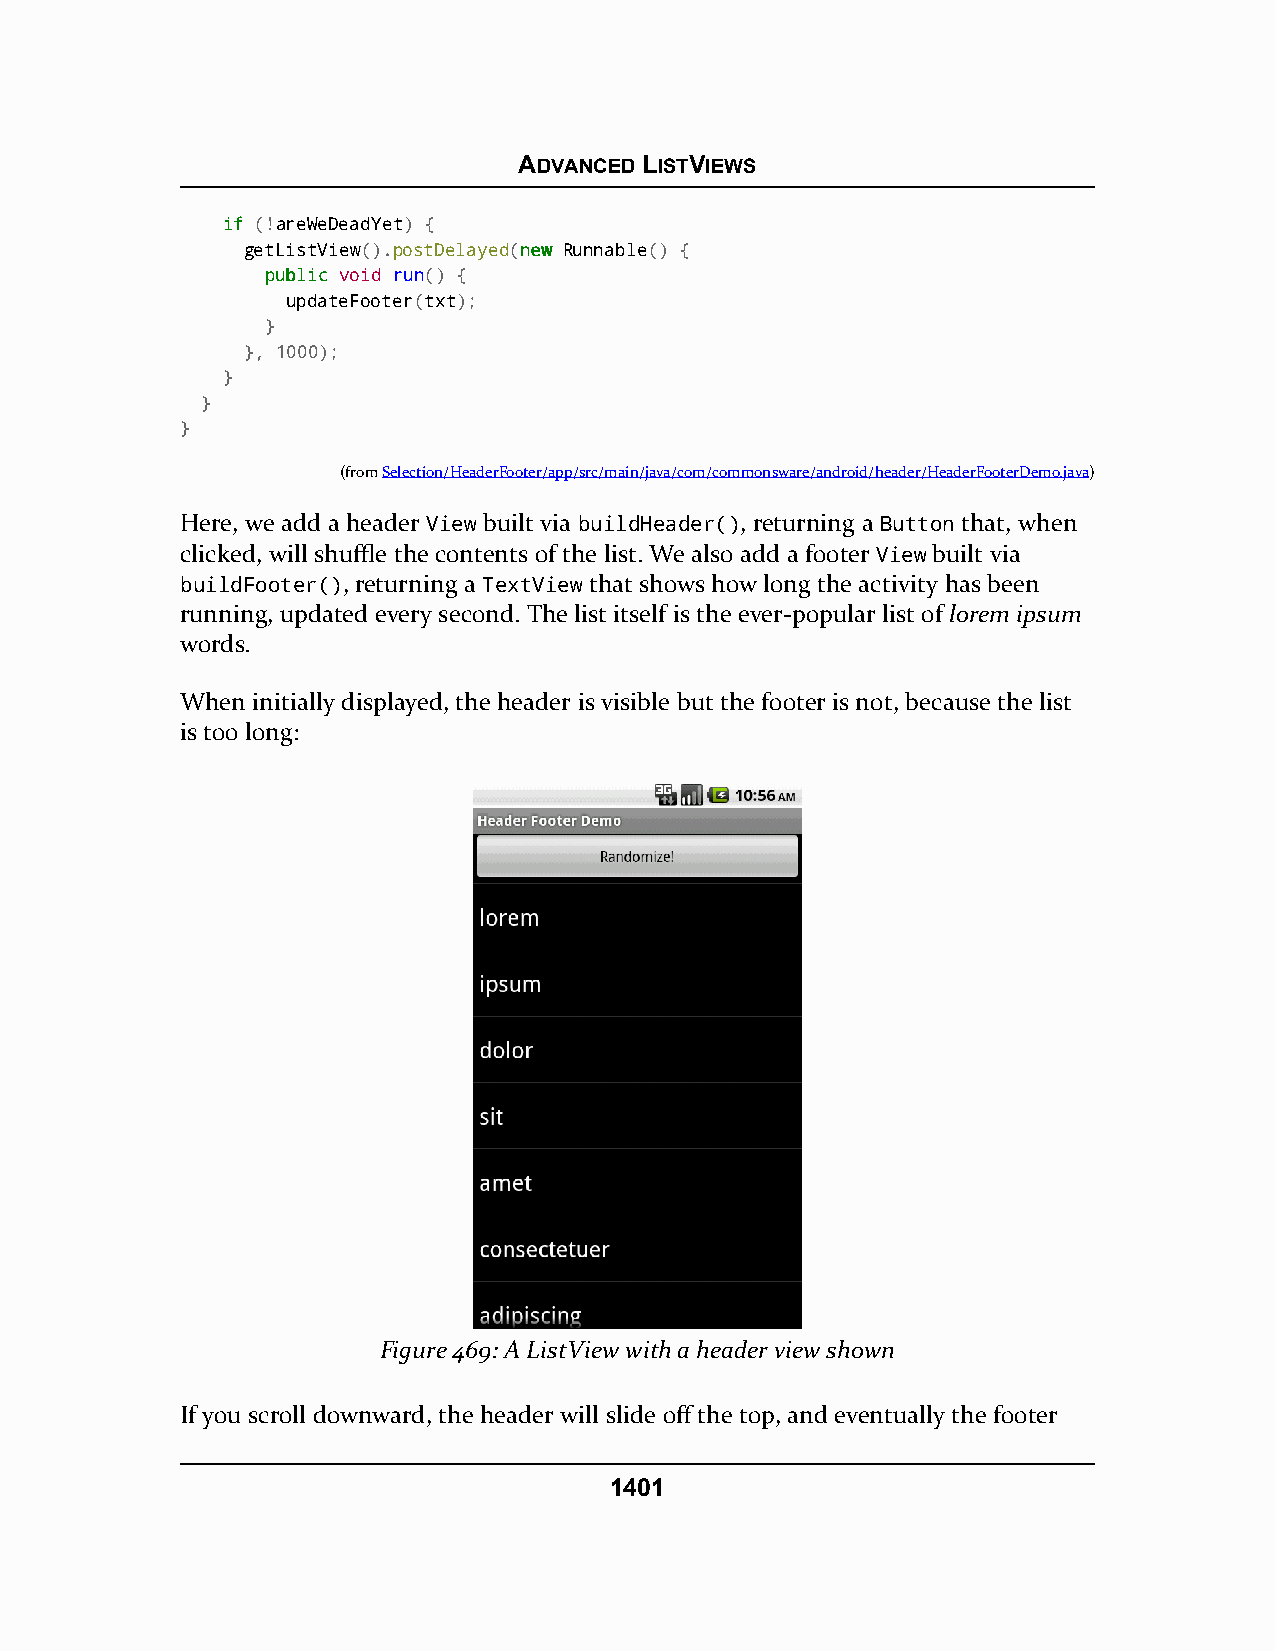
ADVANCED LISTVIEWS
 iiff (!areWeDeadYet) {
 getListView().postDelayed(nneeww Runnable() {
 ppuubblliicc void run() {
 updateFooter(txt);
 }
 }, 1000);
 }
 }
 }
 (fromSelection/HeaderFooter/app/src/main/java/com/commonsware/android/header/HeaderFooterDemo.java)
 Here, we add a header View built via buildHeader(), returning a Button that, when
 clicked, will shuffle the contents of the list. We also add a footer View built via
 buildFooter(), returning a TextView that shows how long the activity has been
 running, updated every second. The list itself is the ever-popular list of lorem ipsum
 words.
 When initially displayed, the header is visible but the footer is not, because the list
 is too long:
 Figure 469: A ListView with a header view shown
 If you scroll downward, the header will slide off the top, and eventually the footer
 1401